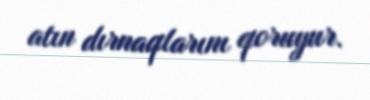
atın dırnaqlarını qoruyur.